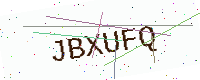
Text: JBXUFQ